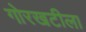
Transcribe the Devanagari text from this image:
गोरखटीला